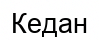
Кедан